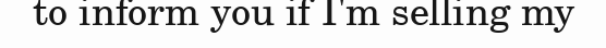
to inform you if I'm selling my